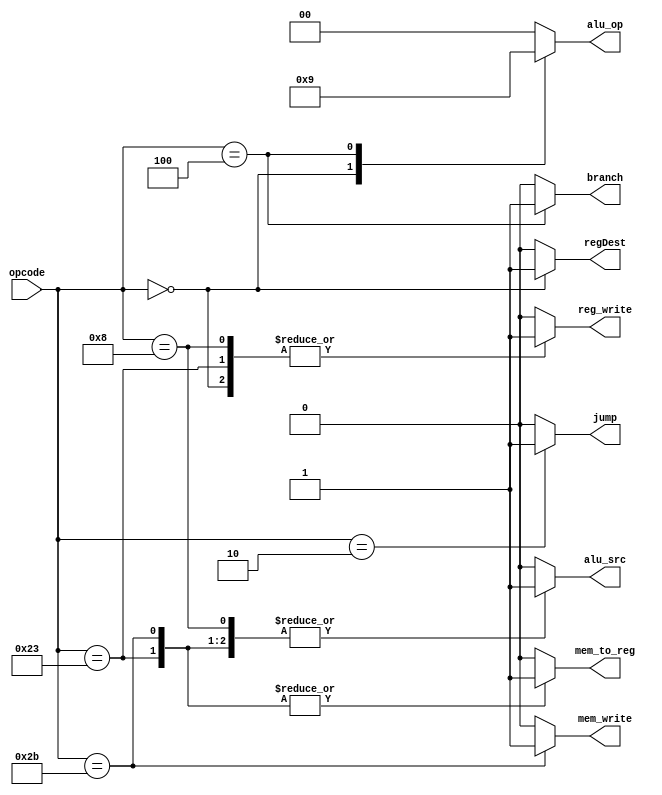

 module control( input[5:0] opcode,
                  output reg[1:0] alu_op,  
                  output reg  jump,branch,mem_write,alu_src,reg_write,mem_to_reg ,regDest  );  
 always @(*)  
 begin  
     
      case(opcode)   
      6'b100011: begin // LW
                regDest = 1'b0;  
                mem_to_reg = 1'b1;  
                alu_op = 2'b00;  
                jump = 1'b0;  
                branch = 1'b0;   
                mem_write = 1'b0;  
                alu_src = 1'b1;  
                reg_write = 1'b1;  
                
                end  
        6'b101011: begin // Sw  
                regDest = 1'b0;  
                mem_to_reg = 1'b1;  
                alu_op = 2'b00;  
                jump = 1'b0;  
                branch = 1'b0;   
                mem_write = 1'b1;  
                alu_src = 1'b1;  
                reg_write = 1'b0;  
                
                end  
        6'b000000: begin // R_Type
                regDest = 1'b1;  
                mem_to_reg = 1'b0;  
                alu_op = 2'b10;  
                jump = 1'b0;  
                branch = 1'b0;   
                mem_write = 1'b0;  
                alu_src = 1'b0;  
                reg_write = 1'b1;  
                
                end  
         6'b001000: begin // ADDImm
                regDest = 1'b0;  
                mem_to_reg = 1'b0;  
                alu_op = 2'b00;  
                jump = 1'b0;  
                branch = 1'b0;   
                mem_write = 1'b0;  
                alu_src = 1'b1;  
                reg_write = 1'b1;  
                
                end  
        6'b000100: begin // BEQ
                regDest = 1'b0;  
                mem_to_reg = 1'b0;  
                alu_op = 2'b01;  
                jump = 1'b0;  
                branch = 1'b1;   
                mem_write = 1'b0;  
                alu_src = 1'b0;  
                reg_write = 1'b0;  
                
                end  
        6'b000010: begin // JUMPINST
                regDest = 1'b0;  
                mem_to_reg = 1'b0;  
                alu_op = 2'b00;  
                jump = 1'b1;  
                branch = 1'b0;   
                mem_write = 1'b0;  
                alu_src = 1'b0;  
                reg_write = 1'b0;  
                
                end  
   
      default:   begin 
                regDest = 1'b0;  
                mem_to_reg = 1'b0;  
                alu_op = 2'b00;  
                jump = 1'b0;  
                branch = 1'b0;   
                mem_write = 1'b0;  
                alu_src = 1'b0;  
                reg_write = 1'b0;  
                
                end  
      endcase  
      end  
 endmodule